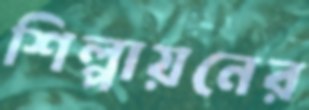
শিল্পায়নের